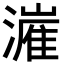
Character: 𬉍